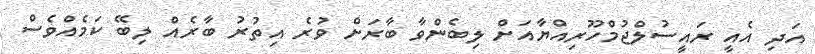
އަދި އެއީ ރައީސުލްޖުމްހޫރިއްޔާއަށް ލިބެންވާ ބާރަށް ވުރެ އިތުރު ބާރެއް ލިބޭ ކަމެއްވެސް